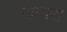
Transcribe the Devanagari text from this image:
जायरो